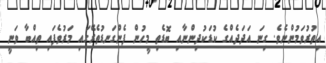
އިތުރުވަމުންނެވެ. ގިނަ އަދަދެއްގެ ކުޑަކުދިންނާއި ބޮޑެތި މީހުން ފެންގަނޑުތެރޭގައި މަރުވެފައި ތިއްބާ ވަނީ